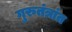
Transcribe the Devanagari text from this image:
गुरुतंत्रांत